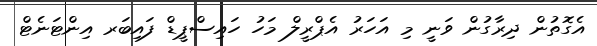
އެގޮތުން ދިރާގުން ވަނީ މި އަހަރު އެޕްރީލް މަހު ހައިސްޕީޑް ފައިބަރ އިންޓަނެޓް